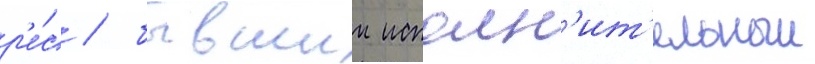
р'е́с / бывшии исполн'ит'ельныи